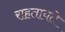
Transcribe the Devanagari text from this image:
राहतायते